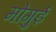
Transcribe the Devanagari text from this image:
मोगुई